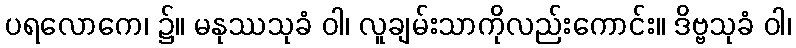
ပရလောကေ၊ ၌။ မနုဿသုခံ ဝါ၊ လူချမ်းသာကိုလည်းကောင်း။ ဒိဗ္ဗသုခံ ဝါ၊